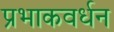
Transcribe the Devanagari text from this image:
प्रभाकवर्धन